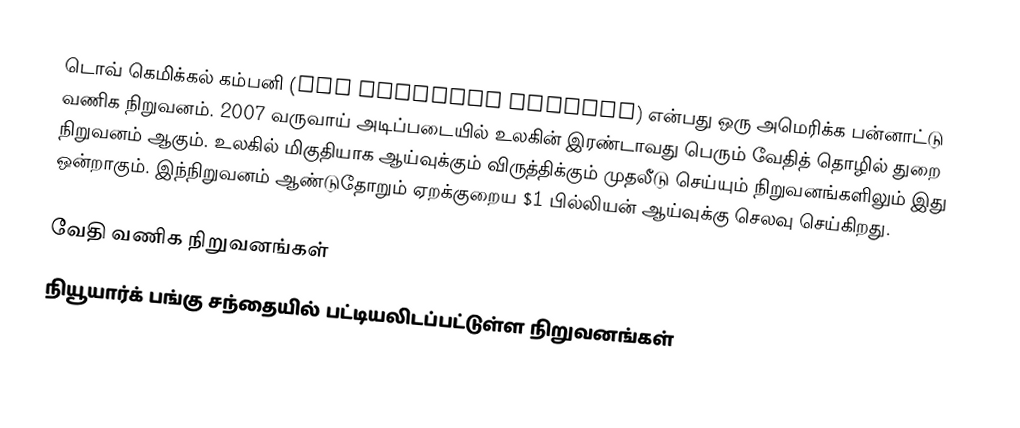
டொவ் கெமிக்கல் கம்பனி (Dow Chemical Company) என்பது ஒரு அமெரிக்க பன்னாட்டு வணிக நிறுவனம். 2007 வருவாய் அடிப்படையில் உலகின் இரண்டாவது பெரும் வேதித் தொழில் துறை நிறுவனம் ஆகும். உலகில் மிகுதியாக ஆய்வுக்கும் விருத்திக்கும் முதலீடு செய்யும் நிறுவனங்களிலும் இது ஒன்றாகும். இந்நிறுவனம் ஆண்டுதோறும் ஏறக்குறைய  $1 பில்லியன் ஆய்வுக்கு செலவு செய்கிறது.

வேதி வணிக நிறுவனங்கள்
நியூயார்க் பங்கு சந்தையில் பட்டியலிடப்பட்டுள்ள நிறுவனங்கள்